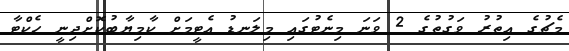
މެޗުގެ އިތުރު ވަގުތުގެ 2 ވަނަ މިނެޓުގައި މިލަނޑު އެޓީމަށް ކާމިޔާބުކޮށްދިނީ ހެކްޓާ